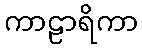
ကာဠာရိကာ